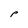
Character: P